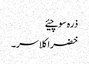
ذرہ سوچیئے
خضراکلاسر۔